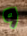
و